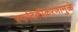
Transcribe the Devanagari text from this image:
स्फटिकीकरणामुळे